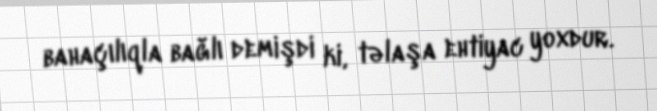
bahaçılıqla bağlı demişdi ki, təlaşa ehtiyac yoxdur.